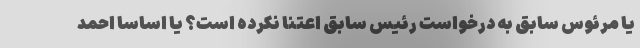
یا مرئوس سابق به درخواست رئیس سابق اعتنا نکرده است؟ یا اساسا احمد